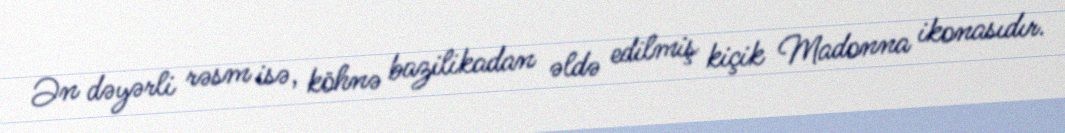
Ən dəyərli rəsm isə, köhnə bazilikadan əldə edilmiş kiçik Madonna ikonasıdır.